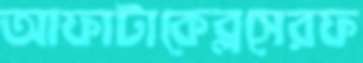
আফাটাকেব্লসেরফ